Lunatic asylums Punjab 1911-1921 - 1911-1921
Year: 1911
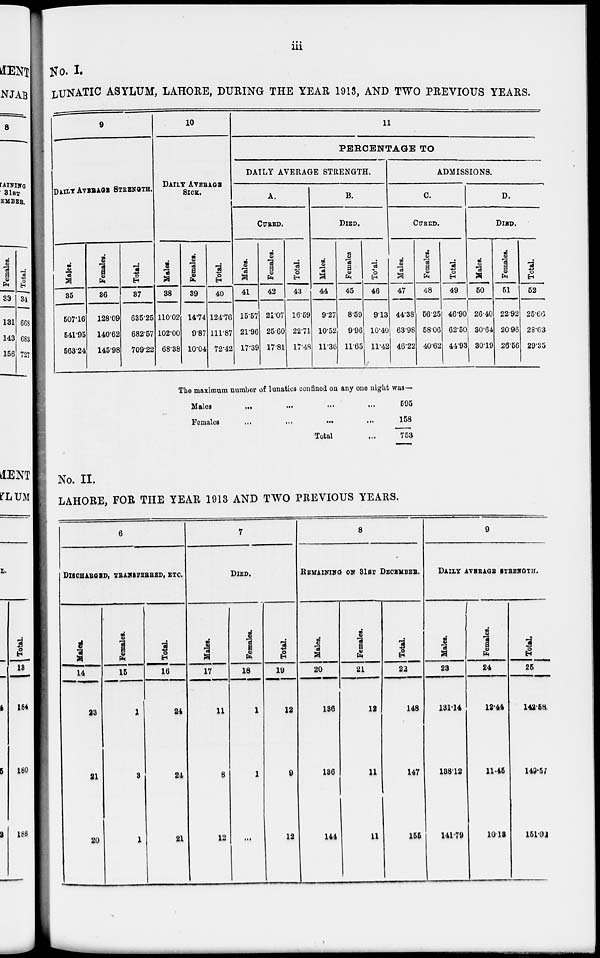
iii
No. I.
LUNATIC ASYLUM, LAHORE, DURING THE YEAR 1913, AND TWO PREVIOUS YEARS.
9
DAILY AVERAGE STRENGTH.
Males.
35
507.16
541.95
563.24
Females.
36
128.09
140.62
145.98
Total.
37
635.25
682.57
709.22
10
DAILY AVERAGE
SICK.
Males.
38
110.02
102.00
68.38
Females.
39
14.74
9.87
10.04
Total.
40
124.76
111.87
72.42
11
PERCENTAGE TO
DAILY AVERAGE STRENGTH.
A.
CURED.
Males.
41
15.57
21.96
17.39
Females.
42
21.07
25.60
17.81
Total.
43
16.59
22.71
17.48
B.
DIED.
Males.
44
9.27
10.52
11.36
Females
45
8.59
9.96
11.65
Total.
46
913
10.40
11.42
ADMISSIONS.
C.
CURED.
Males.
47
44.38
63.98
46.22
Females.
48
56.25
58.06
40.62
Total.
49
46.90
62.50
44.93
D.
DIED.
Males.
50
26.40
30.64
30.19
Females.
51
22.92
20.96
26.66
Total.
52
25.66
28.63
29.35
The maximum number of lunatics confined on any one night was—
Males
...
...
...
...
Females
...
...
...
...
Total ...
595
158
753
No. II.
LAHORE, FOR THE YEAR 1913 AND TWO PREVIOUS YEARS.
6
DISCHARGED, TRANSFERRED, ETC.
Males.
14
23
21
20
Females.
15
1
3
1
Total.
16
24
24
21
7
DIED.
Males.
17
11
8
12
Females.
18
1
1
...
Total.
19
12
9
12
8
REMAINING ON 31ST DECEMBER.
Males.
20
136
136
144
Females.
21
12
11
11
Total.
22
148
147
155
9
DAILY AVERAGE STRENGTH.
Males.
23
131.14
138.12
141.79
Females.
24
12.44
11.45
10.13
Total.
25
142.58
149.57
151.92